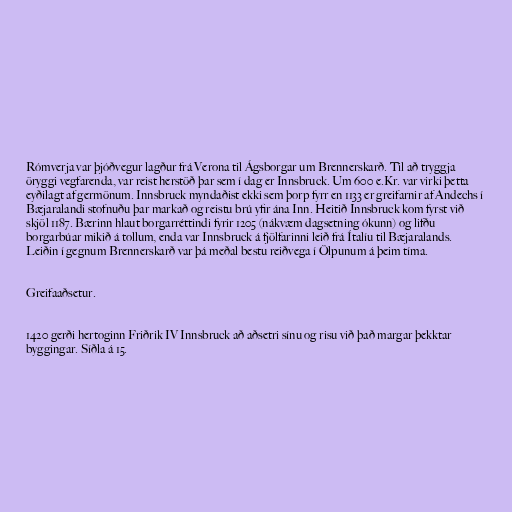
Rómverja var þjóðvegur lagður frá Verona til Ágsborgar um Brennerskarð. Til að tryggja
öryggi vegfarenda, var reist herstöð þar sem í dag er Innsbruck. Um 600 e.Kr. var virki þetta
eyðilagt af germönum. Innsbruck myndaðist ekki sem þorp fyrr en 1133 er greifarnir af Andechs í
Bæjaralandi stofnuðu þar markað og reistu brú yfir ána Inn. Heitið Innsbruck kom fyrst við
skjöl 1187. Bærinn hlaut borgarréttindi fyrir 1205 (nákvæm dagsetning ókunn) og lifðu
borgarbúar mikið á tollum, enda var Innsbruck á fjölfarinni leið frá Ítalíu til Bæjaralands.
Leiðin í gegnum Brennerskarð var þá meðal bestu reiðvega í Ölpunum á þeim tíma.

Greifaaðsetur.

1420 gerði hertoginn Friðrik IV Innsbruck að aðsetri sínu og risu við það margar þekktar
byggingar. Síðla á 15.